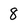
Character: 8